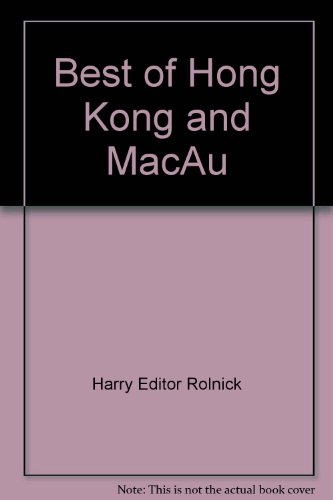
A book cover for Best of Hong Kong and MacAu; Harry Editor Rolnick; Travel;